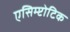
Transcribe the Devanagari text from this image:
एसिम्प्टोटिक